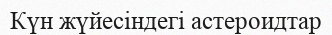
Күн жүйесіндегі астероидтар